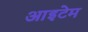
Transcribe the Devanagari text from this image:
आइटेम